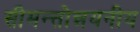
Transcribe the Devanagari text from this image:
सीमन्तोन्नयनीय